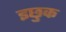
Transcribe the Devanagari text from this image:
इछुक